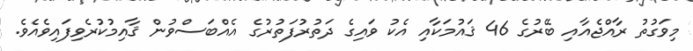
މިވަގުތު ރާއްޖެއާއި ބޭރުގެ 46 ޤައުމަކާއި އެކު ވައިގެ ދަތުރުފަތުރުގެ އެއްބަސްވުން ޤާއިމުކުރެވިފައިވެއެވެ.